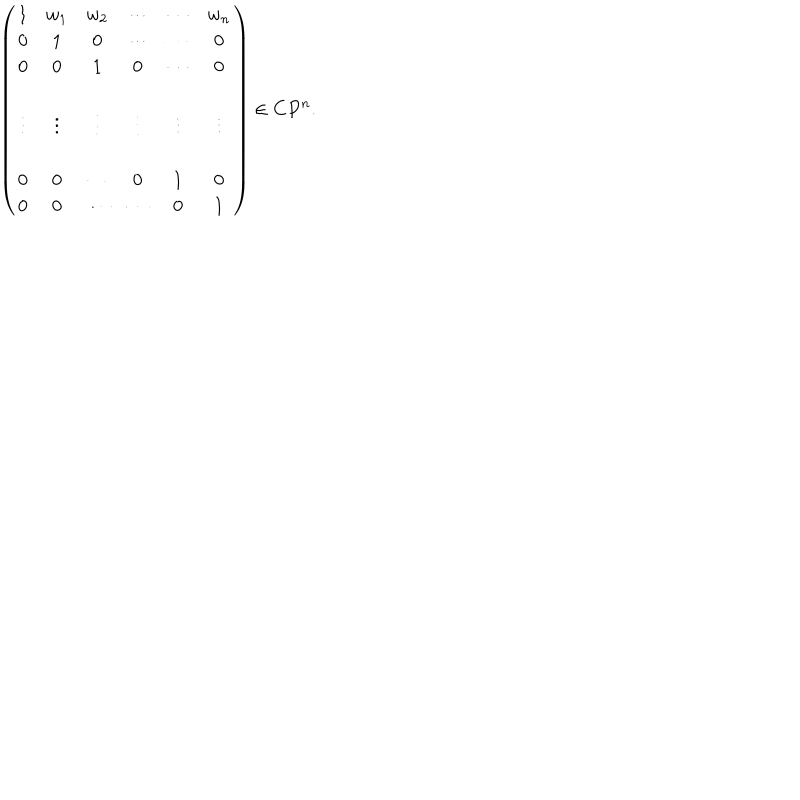
\left( \begin{matrix} { { 1 } } & { { w _ { 1 } } } & { { w _ { 2 } } } & { { \cdots } } & { { \cdots } } & { { w _ { n } } } \\ { { 0 } } & { { 1 } } & { { 0 } } & { { \cdots } } & { { \cdots } } & { { 0 } } \\ { { 0 } } & { { 0 } } & { { 1 } } & { { 0 } } & { { \cdots } } & { { 0 } } \\ { { } } & { { } } & { { } } & { { } } & { { } } & { { } } \\ { { \vdots } } & { { \vdots } } & { { \vdots } } & { { \vdots } } & { { \vdots } } & { { \vdots } } \\ { { } } & { { } } & { { } } & { { } } & { { } } & { { } } \\ { { 0 } } & { { 0 } } & { { \cdots } } & { { 0 } } & { { 1 } } & { { 0 } } \\ { { 0 } } & { { 0 } } & { { \cdots } } & { { \cdots } } & { { 0 } } & { { 1 } } \\ \end{matrix} \right) \in C P ^ { n } .